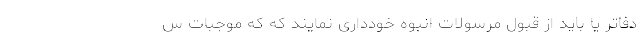
دفاتر یا باید از قبول مرسولات انبوه خودداری نمایند که که موجبات س